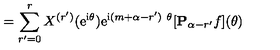
= \sum _ { r ^ { \prime } = 0 } ^ { r } X ^ { ( r ^ { \prime } ) } ( \mathrm { e } ^ { \mathrm { i } \theta } ) \mathrm { e } ^ { \mathrm { i } ( m + \alpha - r ^ { \prime } ) \ { \theta } } [ { \bf P } _ { \alpha - r ^ { \prime } } { f } ] ( \theta )